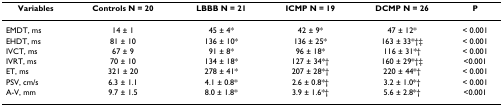
| Variables | Controls N = 20 | LBBB N = 21 | ICMP N = 19 | DCMP N = 26 | P |
 | --- | --- | --- | --- | --- | --- |
 | EMDT, ms | 14 ± 1 | 45 ± 4* | 42 ± 9* | 47 ± 12* | < 0.001 |
 | EHDT, ms | 81 ± 10 | 136 ± 10* | 136 ± 25* | 163 ± 33*†‡ | < 0.001 |
 | IVCT, ms | 67 ± 9 | 91 ± 8* | 96 ± 18* | 116 ± 31*† | < 0.001 |
 | IVRT, ms | 70 ± 10 | 134 ± 18* | 127 ± 34*† | 160 ± 29*†‡ | <0.001 |
 | ET, ms | 321 ± 20 | 278 ± 41* | 207 ± 28*† | 220 ± 44*† | < 0.001 |
 | PSV, cm/s | 6.3 ± 1.1 | 4.1 ± 0.8* | 2.6 ± 0.8*† | 3.2 ± 1.0*† | < 0.001 |
 | A-V, mm | 9.7 ± 1.5 | 8.0 ± 1.8* | 3.9 ± 1.6*† | 5.6 ± 2.8*† | <0.001 |